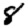
Digit: 8